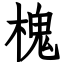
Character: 槐